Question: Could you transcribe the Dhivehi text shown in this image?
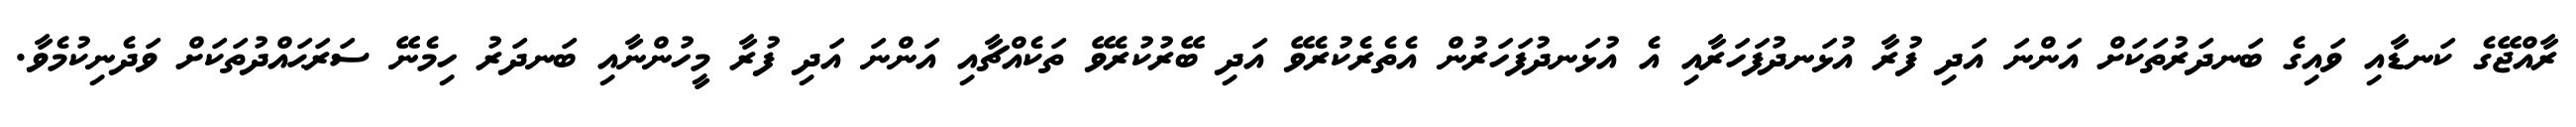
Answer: ރާއްޖޭގެ ކަނޑާއި ވައިގެ ބަނދަރުތަކަށް އަންނަ އަދި ފުރާ އުޅަނދުފަހަރާއި އެ އުޅަނދުފަހަރުން އެތެރެކުރެވޭ އަދި ބޭރުކުރެވޭ ތަކެއްޗާއި އަންނަ އަދި ފުރާ މީހުންނާއި ބަނދަރު ހިމެނޭ ސަރަޙައްދުތަކަށް ވަދެނިކުމެވާ.